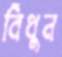
বিঁধুন